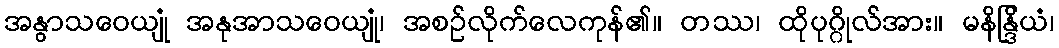
အနွာသဝေယျုံ အနုအာသဝေယျုံ၊ အစဉ်လိုက်လေကုန်၏။ တဿ၊ ထိုပုဂ္ဂိုလ်အား။ မနိန္ဒြိယံ၊